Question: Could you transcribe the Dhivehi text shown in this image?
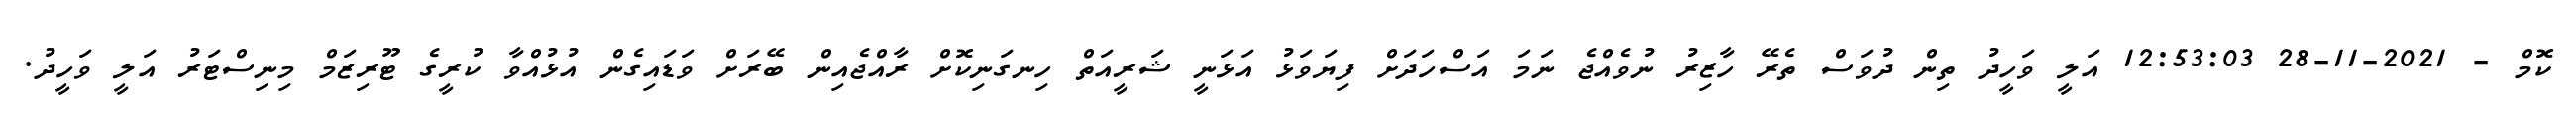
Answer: ކޮމް - 2021-11-28 12:53:03 އަލީ ވަހީދު ތިން ދުވަސް ތެރޭ ހާޒިރު ނުވެއްޖެ ނަމަ އަސްހަދަށް ފިޔަވަޅު އަޅަނީ ޝަރީއަތް ހިނގަނިކޮށް ރާއްޖެއިން ބޭރަށް ވަޑައިގެން އުޅުއްވާ ކުރީގެ ޓޫރިޒަމް މިނިސްޓަރު އަލީ ވަހީދު.